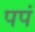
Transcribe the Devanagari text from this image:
पपं